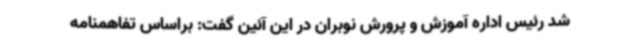
شد رئیس اداره آموزش و پرورش نوبران در این آئین گفت: براساس تفاهمنامه